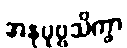
အနုပုဗ္ဗသိက္ခာ